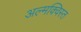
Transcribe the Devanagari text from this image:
अल्मक्विस्त